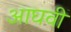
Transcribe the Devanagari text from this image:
आघवीं